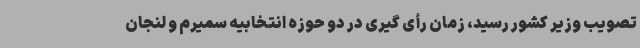
تصویب وزیر کشور رسید، زمان رأی گیری در دو حوزه انتخابیه سمیرم و لنجان